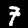
Digit: 7